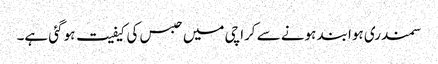
سمندری ہوا بند ہونے سے کراچی میں حبس کی کیفیت ہو گئی ہے۔